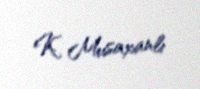
K. Musaxanlı